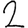
Digit: 2